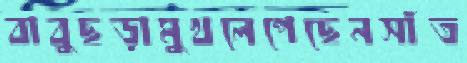
বাবুছড়ামুখলেপেছেনসাঁত